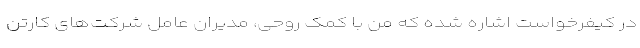
در کیفرخواست اشاره شده که من با کمک روحی، مدیران عامل شرکت‌های کارتن